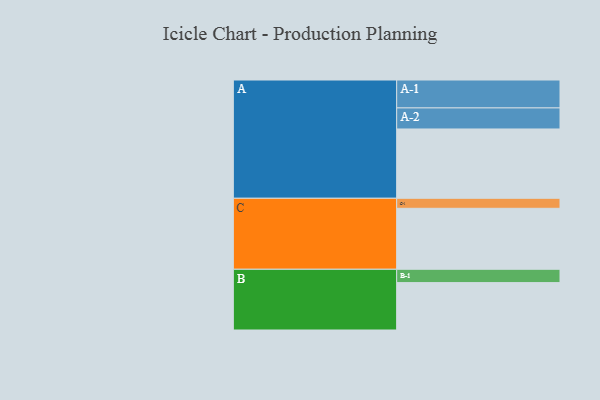
{"axis": {"x": "Segment", "y": "Value"}, "legend": ["", "A", "B", "C"], "data": [{"x": "A", "y": 566, "type": ""}, {"x": "B", "y": 387, "type": ""}, {"x": "C", "y": 498, "type": ""}, {"x": "A-1", "y": 228, "type": "A"}, {"x": "A-2", "y": 172, "type": "A"}, {"x": "B-1", "y": 109, "type": "B"}, {"x": "C-1", "y": 82, "type": "C"}]}